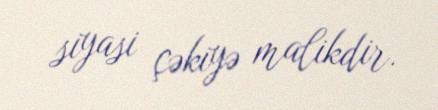
siyasi çəkiyə malikdir.